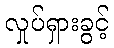
လှုပ်ရှားခွင့်